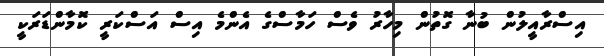
އިސްރާއީލުން ބުނާ ގޮތުން މިހާރު ވެސް ހަމާސްގެ އެންމެ އިސް އަސްކަރީ ކޮމާންޑަރަކީ